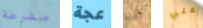
مفرطة عجة لقبه علي